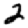
Digit: 2